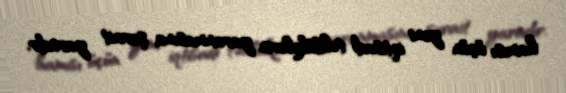
hamısı üçün yeni iqtisadi təhlükələrin yaranmasına şərait yaradır.